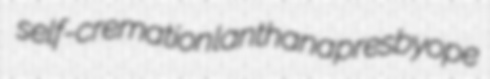
self-cremation lanthana presbyope